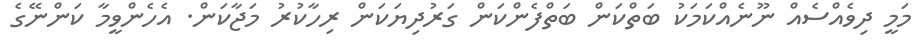
މަމީ ދިވެއްސެއް ނޫނެއްކަމަކު ބަތްކަން ބަތްފެންކަން ގަރުދިޔަކަން ރިހާކުރު މަޖާކަން. އެހެންވީމާ ކަންނޭގެ